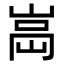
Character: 𡸿